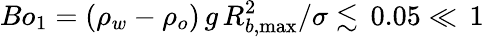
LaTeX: \textit{Bo}_{1}=(\rho_{w}-\rho_{o})\, g\, R_{b,\operatorname*{max}}^{2}/\sigma\lesssim\, 0.05\ll\, 1